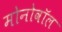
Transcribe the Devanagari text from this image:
मोनोवॉल